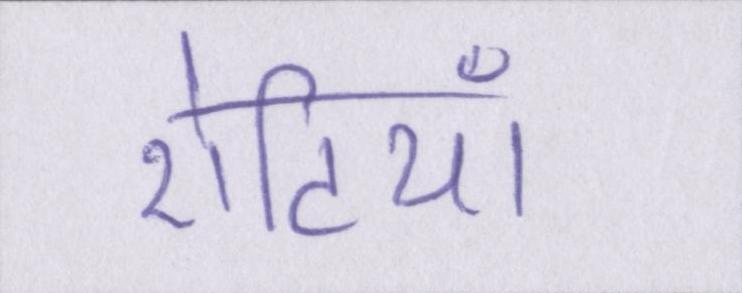
रोटियाँ